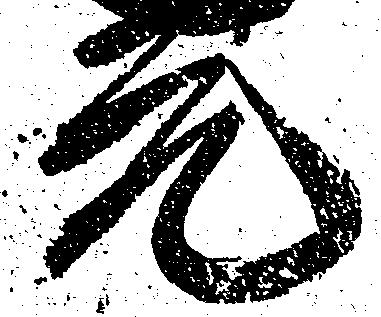
元